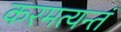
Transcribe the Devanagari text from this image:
करमत्यन्तं